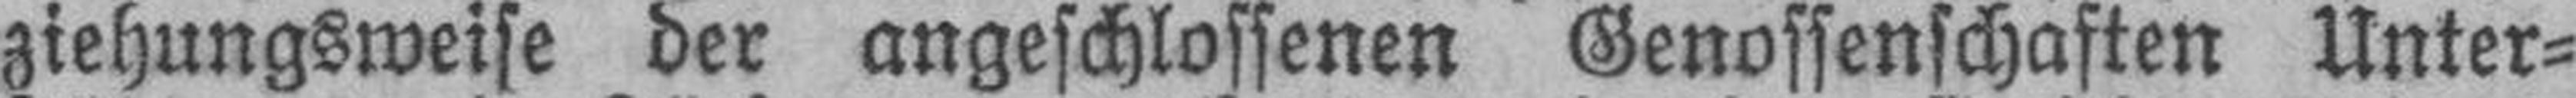
ziehungsweise der angeschlossenen Genossenschaften Unter¬